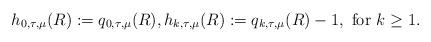
LaTeX: \begin{align*}h_{0,\tau,\mu}(R):=q_{0,\tau,\mu}(R),h_{k,\tau,\mu}(R):=q_{k,\tau,\mu}(R)-1,\mbox{ for }k\ge1.\end{align*}